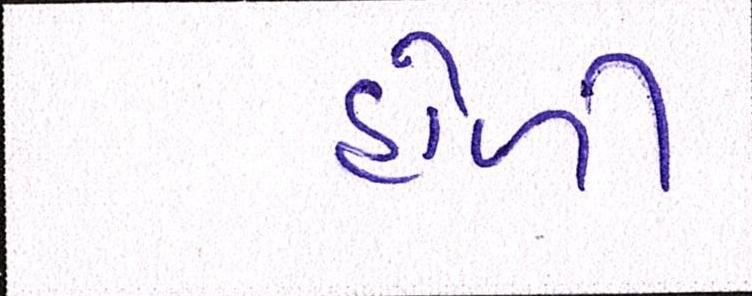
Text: હોળી